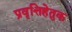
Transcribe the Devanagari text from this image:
प्रवृत्तिहेतुक